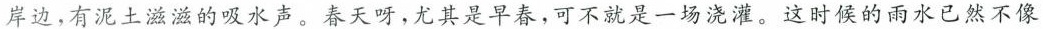
岸边，有泥土滋滋的吸水声。春天呀，尤其是早春，可不就是一场浇灌。这时候的雨水已然不像